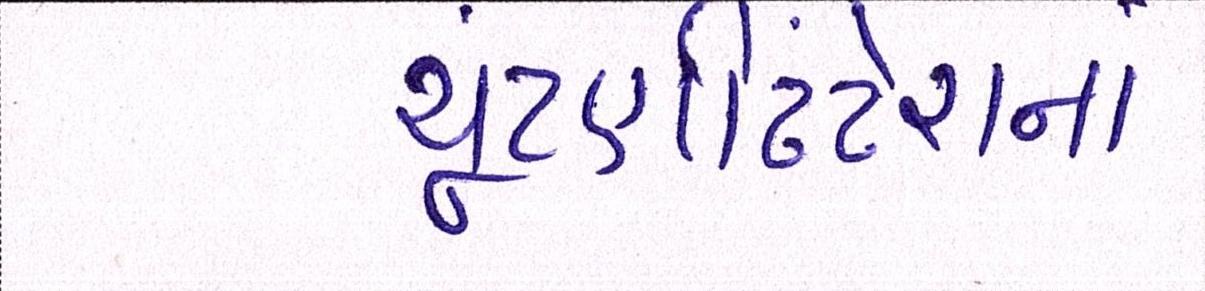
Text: ચૂંટણીઢંઢેરાનાં